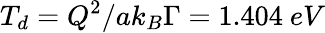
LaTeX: T_{d}={Q^{2}}/{a{k_{B}}{\Gamma}}=1.404~eV